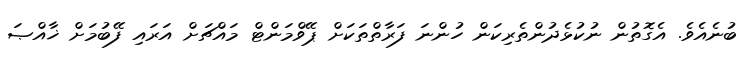
ބުނެއެވެ. އެގޮތުން ނުކުޅެދުންތެރިކަން ހުންނަ ފަރާތްތަކަށް ޕޭވްމަންޓް މައްޗަށް އަރައި ފޭބުމަށް ޚާއްޞަ